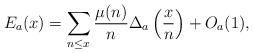
LaTeX: \begin{align*} E_{a}(x) = \sum_{n\leq x}\frac{\mu(n)}{n}\Delta_{a}\left(\frac{x}{n}\right) + O_{a}(1),\end{align*}